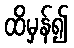
ထိမှန်၍